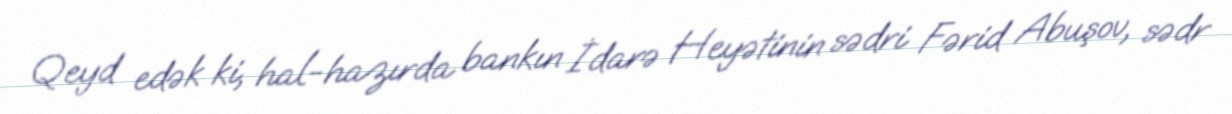
Qeyd edək ki, hal-hazırda bankın İdarə Heyətinin sədri Fərid Abuşov, sədr